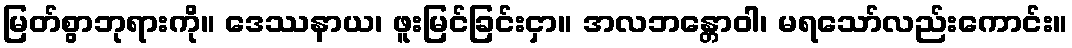
မြတ်စွာဘုရားကို။ ဒေဿနာယ၊ ဖူးမြင်ခြင်းငှာ။ အလဘန္တောဝါ၊ မရသော်လည်းကောင်း။